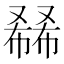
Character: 𰇅